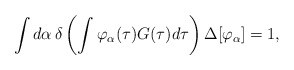
\begin{align*}\int d\alpha \, \delta \left(\int \varphi_\alpha (\tau) G(\tau)d\tau\right)\Delta[\varphi_\alpha] =1,\end{align*}